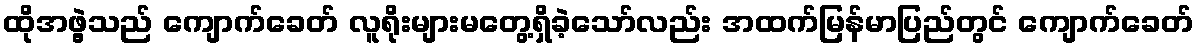
ထိုအဖွဲ့သည် ကျောက်ခေတ် လူရိုးများမတွေ့ရှိခဲ့သော်လည်း အထက်မြန်မာပြည်တွင် ကျောက်ခေတ်